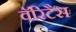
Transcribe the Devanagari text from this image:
वॅरिटैस